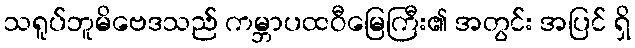
သရူပ်ဘူမိဗေဒသည် ကမ္ဘာပထဝီမြေကြီး၏ အတွင်း အပြင် ရှိ